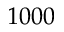
1 0 0 0